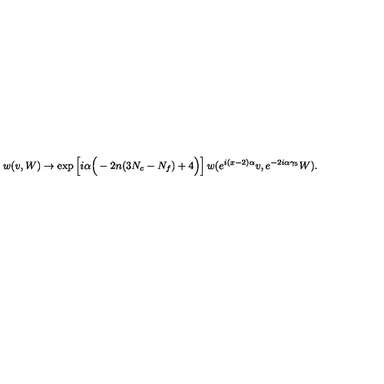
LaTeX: w ( v , W ) \to \mathrm { e x p } \left[ i \alpha \Big ( - 2 n ( 3 N _ { c } - N _ { f } ) + 4 \Big ) \right] w ( e ^ { i ( x - 2 ) \alpha } v , e ^ { - 2 i \alpha \gamma _ { 5 } } W ) .